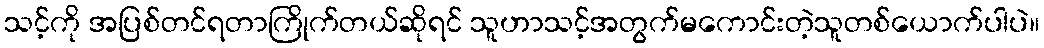
သင့်ကို အပြစ်တင်ရတာကြိုက်တယ်ဆိုရင် သူဟာသင့်အတွက်မကောင်းတဲ့သူတစ်ယောက်ပါပဲ။